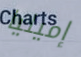
إميليا